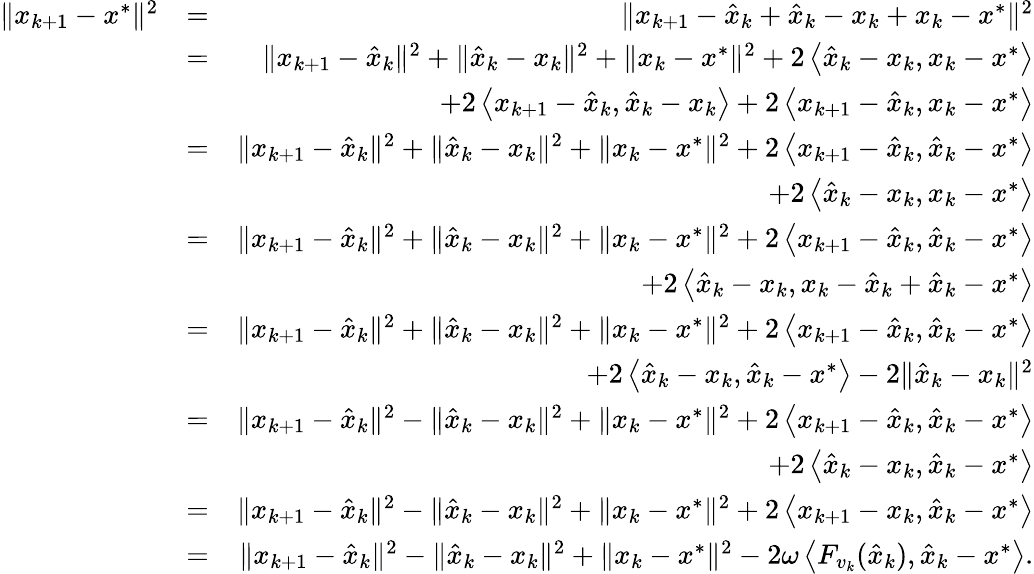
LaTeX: \begin{array}{rlr}{\| x_{k+1}-x^{*}\| ^{2}}&{=}&{\| x_{k+1}-\hat{x}_{k}+\hat{x}_{k}-x_{k}+x_{k}-x^{*}\| ^{2}}\\ &{=}&{\| x_{k+1}-\hat{x}_{k}\| ^{2}+\| \hat{x}_{k}-x_{k}\| ^{2}+\| x_{k}-x^{*}\| ^{2}+2\left\langle\hat{x}_{k}-x_{k},x_{k}-x^{*}\right\rangle}\\ &{}&{\quad+2\left\langle x_{k+1}-\hat{x}_{k},\hat{x}_{k}-x_{k}\right\rangle+2\left\langle x_{k+1}-\hat{x}_{k},x_{k}-x^{*}\right\rangle}\\ &{=}&{\| x_{k+1}-\hat{x}_{k}\| ^{2}+\| \hat{x}_{k}-x_{k}\| ^{2}+\| x_{k}-x^{*}\| ^{2}+2\left\langle x_{k+1}-\hat{x}_{k},\hat{x}_{k}-x^{*}\right\rangle}\\ &{}&{\quad+2\left\langle\hat{x}_{k}-x_{k},x_{k}-x^{*}\right\rangle}\\ &{=}&{\| x_{k+1}-\hat{x}_{k}\| ^{2}+\| \hat{x}_{k}-x_{k}\| ^{2}+\| x_{k}-x^{*}\| ^{2}+2\left\langle x_{k+1}-\hat{x}_{k},\hat{x}_{k}-x^{*}\right\rangle}\\ &{}&{\quad+2\left\langle\hat{x}_{k}-x_{k},x_{k}-\hat{x}_{k}+\hat{x}_{k}-x^{*}\right\rangle}\\ &{=}&{\| x_{k+1}-\hat{x}_{k}\| ^{2}+\| \hat{x}_{k}-x_{k}\| ^{2}+\| x_{k}-x^{*}\| ^{2}+2\left\langle x_{k+1}-\hat{x}_{k},\hat{x}_{k}-x^{*}\right\rangle}\\ &{}&{\quad+2\left\langle\hat{x}_{k}-x_{k},\hat{x}_{k}-x^{*}\right\rangle-2\| \hat{x}_{k}-x_{k}\| ^{2}}\\ &{=}&{\| x_{k+1}-\hat{x}_{k}\| ^{2}-\| \hat{x}_{k}-x_{k}\| ^{2}+\| x_{k}-x^{*}\| ^{2}+2\left\langle x_{k+1}-\hat{x}_{k},\hat{x}_{k}-x^{*}\right\rangle}\\ &{}&{\quad+2\left\langle\hat{x}_{k}-x_{k},\hat{x}_{k}-x^{*}\right\rangle}\\ &{=}&{\| x_{k+1}-\hat{x}_{k}\| ^{2}-\| \hat{x}_{k}-x_{k}\| ^{2}+\| x_{k}-x^{*}\| ^{2}+2\left\langle x_{k+1}-x_{k},\hat{x}_{k}-x^{*}\right\rangle}\\ &{=}&{\| x_{k+1}-\hat{x}_{k}\| ^{2}-\| \hat{x}_{k}-x_{k}\| ^{2}+\| x_{k}-x^{*}\| ^{2}-2\omega\left\langle F_{v_{k}}(\hat{x}_{k}),\hat{x}_{k}-x^{*}\right\rangle.}\end{array}